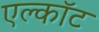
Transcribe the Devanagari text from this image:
एल्कॉट